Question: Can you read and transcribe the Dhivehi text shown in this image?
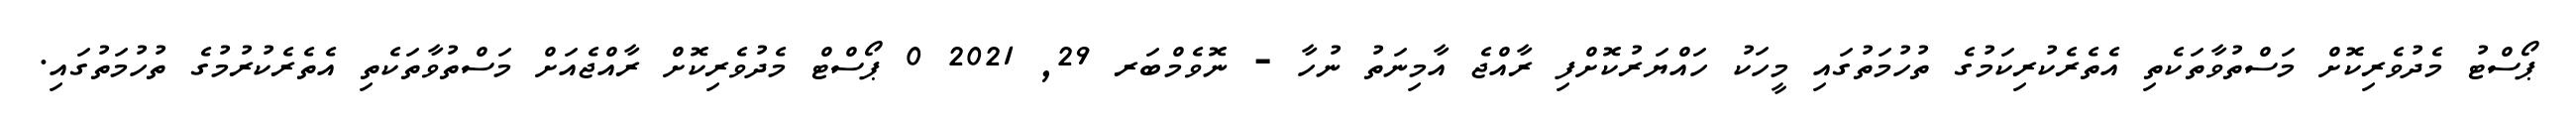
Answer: ޕޯސްޓު މެދުވެރިކޮށް މަސްތުވާތަކެތި އެތެރެކުރިކަމުގެ ތުހުމަތުގައި މީހަކު ހައްޔަރުކޮށްފި ރާއްޖެ އާމިނަތު ނުހާ - ނޮވެމްބަރ 29, 2021 0 ޕޯސްޓް މެދުވެރިކޮށް ރާއްޖެއަށް މަސްތުވާތަކެތި އެތެރެކުރުމުގެ ތުހުމަތުގައި.